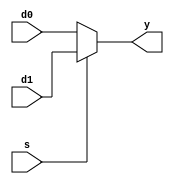

`timescale 1ns/1ns


module mux2 (d0,d1,s,y);

parameter n=32;

input [n-1:0] d0;
input [n-1:0] d1;
input s;
output [n-1:0] y;

assign y = s ? d1 : d0;

endmodule